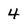
Character: 4